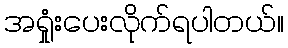
အရှုံးပေးလိုက်ရပါတယ်။